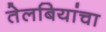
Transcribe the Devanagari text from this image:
तेलबियांचा